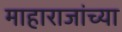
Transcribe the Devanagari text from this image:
माहाराजांच्या